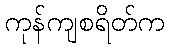
ကုန်ကျစရိတ်က